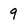
Character: 9